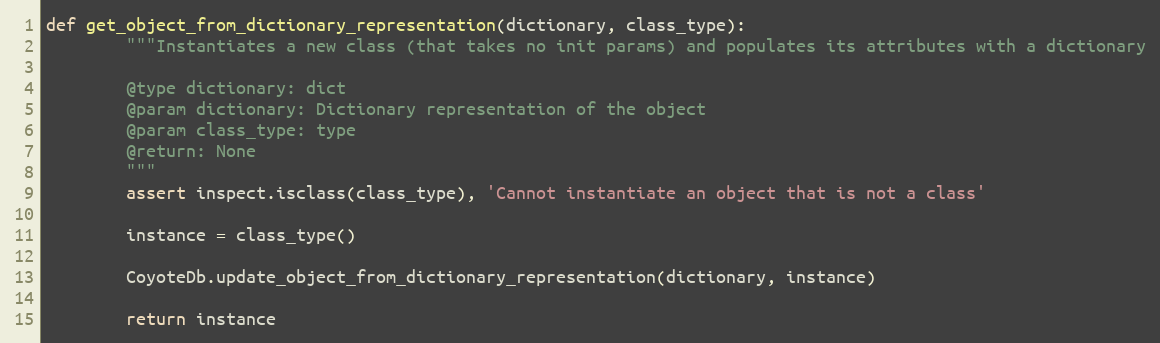
Language: Python
def get_object_from_dictionary_representation(dictionary, class_type):
        """Instantiates a new class (that takes no init params) and populates its attributes with a dictionary

        @type dictionary: dict
        @param dictionary: Dictionary representation of the object
        @param class_type: type
        @return: None
        """
        assert inspect.isclass(class_type), 'Cannot instantiate an object that is not a class'

        instance = class_type()

        CoyoteDb.update_object_from_dictionary_representation(dictionary, instance)

        return instance